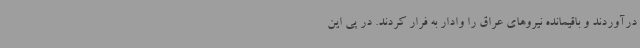
درآوردند و باقیمانده نیروهای عراق را وادار به فرار کردند. در پی این